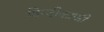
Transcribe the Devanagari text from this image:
हिन्दीकाफी